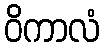
ဝိကာလံ